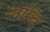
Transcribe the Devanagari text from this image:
अम्बि